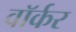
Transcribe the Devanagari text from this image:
वाॅर्कर